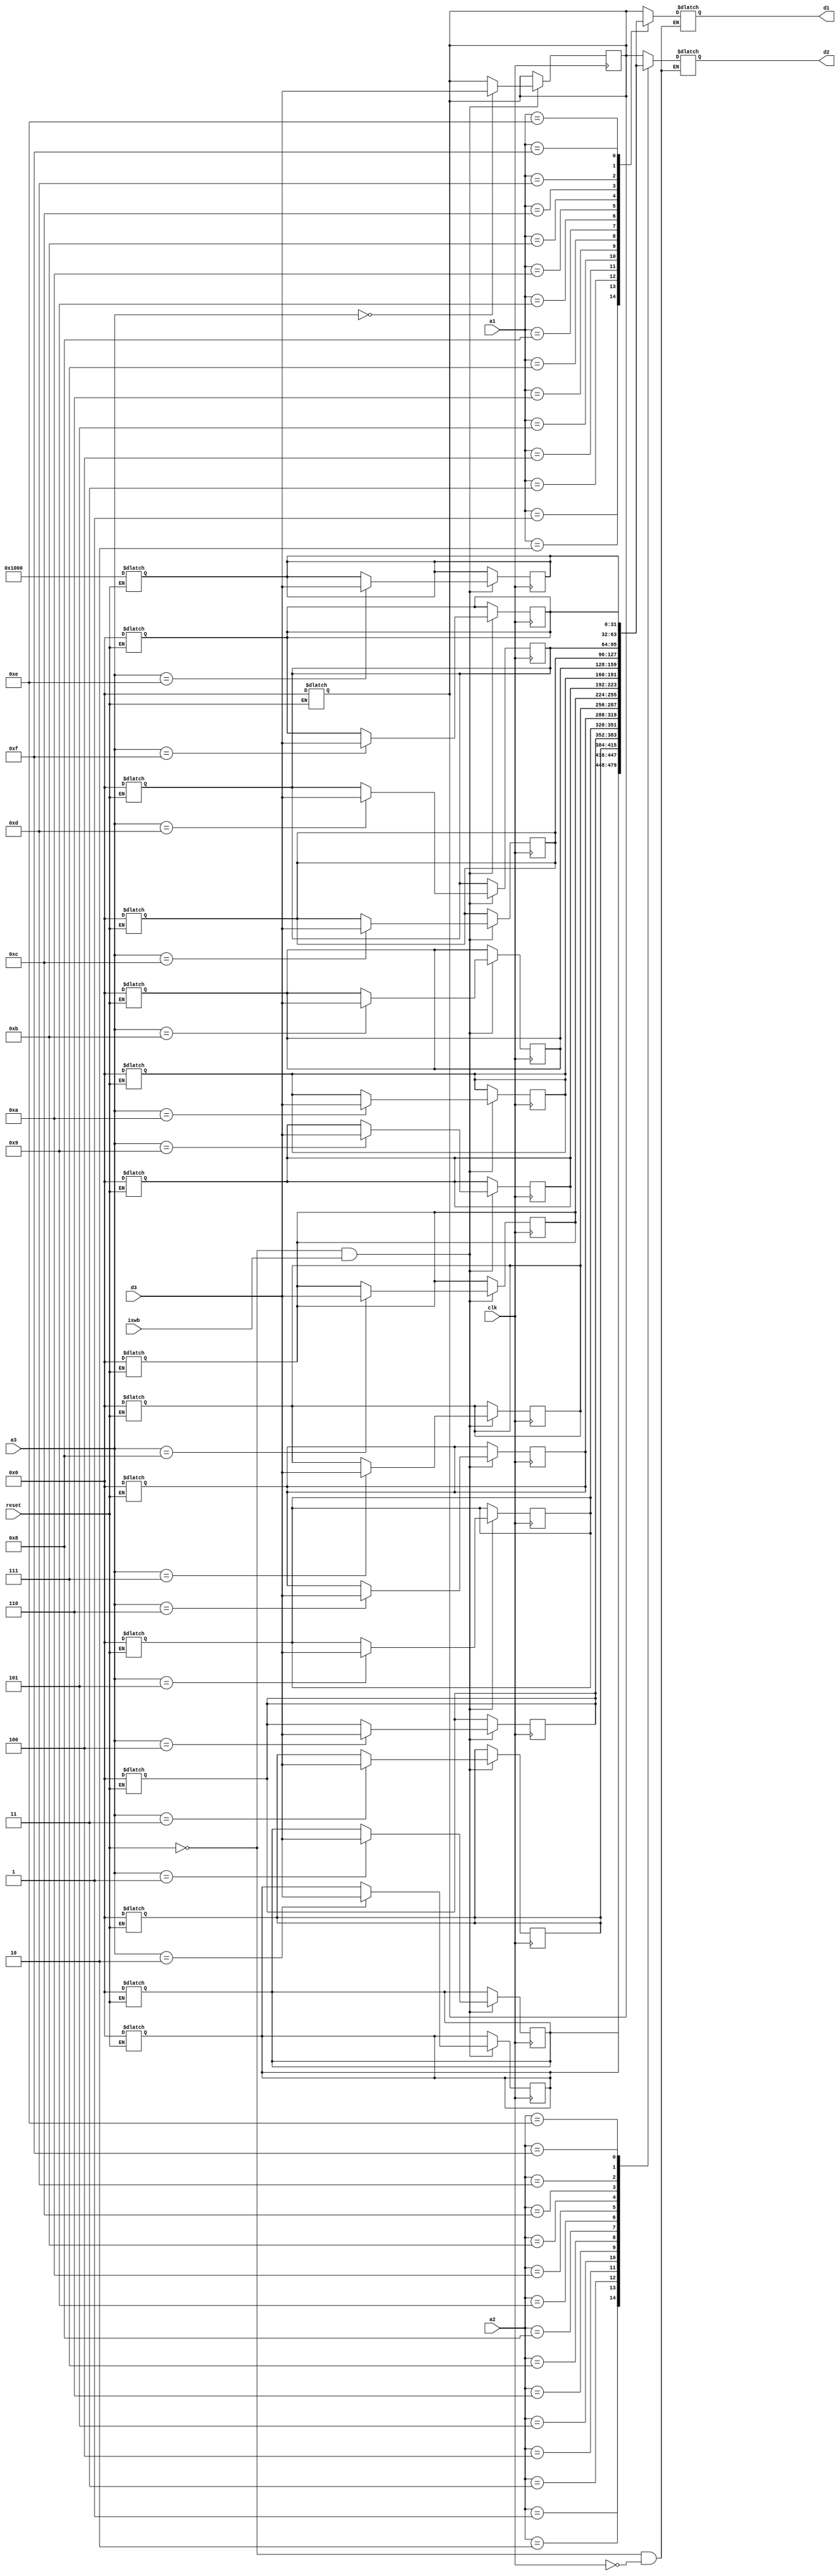
module register_file(a1,a2,a3,d3,reset,clk,iswb,d1,d2);

input [3:0] a1,a2,a3;
input [31:0] d3;
input reset,clk;
output [31:0] d1,d2;
input iswb;

wire [3:0] a1,a2,a3;
wire [31:0] d3;
wire reset,clk;
reg [31:0] d1,d2;
reg [31:0] r [15:0];
reg [15:0]ind;
wire iswb;

                   always @(reset)
                   begin
                   if (reset==1)
                   begin
                   for (ind=0;ind<16;ind=ind+1)
                   begin
                   if (ind!=14)
                   r[ind]  = 32'b0;
                   else 
                   r[ind]  = 32'h1000;
                   end
                   end
                   end
                   
                     always @(clk or a1 or a2)
                     begin
                     if (reset!=1 && clk == 0)                      // Getting operands from register file
                     begin                     
                     d1 = r[a1];
                     d2 = r[a2];
                     end
                     end

                     always @(posedge clk)
                     begin                                       // Storing result in the register file
                     if (reset!=1 && iswb==1 )
                     r[a3] <= d3;
                     end

endmodule